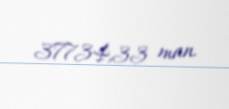
37734,33 man.